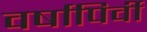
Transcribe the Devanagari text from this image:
वर्षापिर्वी